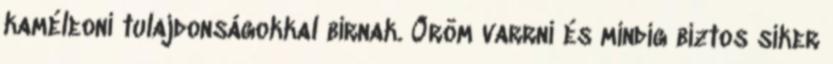
kaméleoni tulajdonságokkal bírnak. Öröm varrni és mindig biztos siker